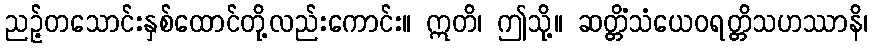
ညဉ့်တသောင်းနှစ်ထောင်တို့လည်းကောင်း။ ဣတိ၊ ဤသို့။ ဆတ္တိံသံယေဝရတ္တိသဟဿာနိ၊